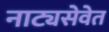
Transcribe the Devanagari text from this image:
नाट्यसेवेत